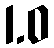
1.0